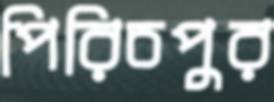
পিরিচপুর